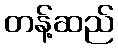
တန့်ဆည်